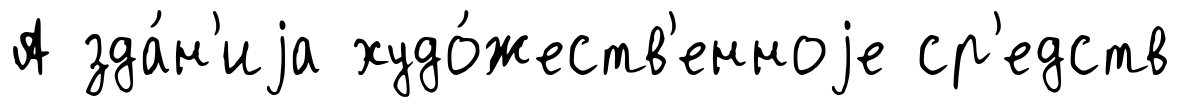
А зда́н'иjа худо́жеств'енноjе ср'едств